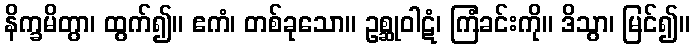
နိက္ခမိတွာ၊ ထွက်၍။ ဧကံ၊ တစ်ခုသော။ ဥစ္ဆုဝါဋံ၊ ကြံခင်းကို။ ဒိသွာ၊ မြင်၍။